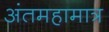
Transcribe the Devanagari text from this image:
अंतमहामात्र